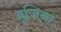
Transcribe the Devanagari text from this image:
बुजिना